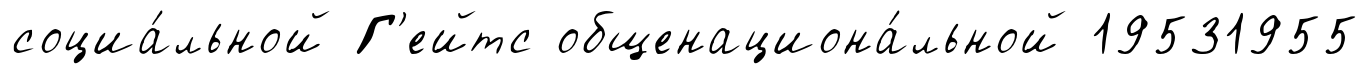
социа́льной Г'ейтс общенациона́льной 19531955